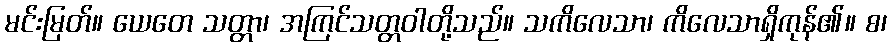
မင်းမြတ်။ ယေတေ သတ္တာ၊ အကြင်သတ္တဝါတို့သည်။ သကိလေသာ၊ ကိလေသာရှိကုန်၏။ စ၊